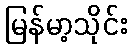
မြန်မာ့သိုင်း